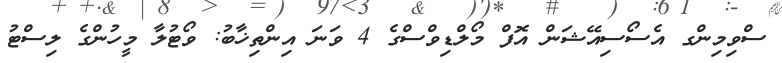
ސްވިމިންގ އެސޯސިއޭޝަން އޮފް މޯލްޑިވްސްގެ 4 ވަނަ އިންތިޚާބު: ވޯޓުލާ މީހުންގެ ލިސްޓު